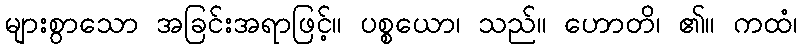
များစွာသော အခြင်းအရာဖြင့်။ ပစ္စယော၊ သည်။ ဟောတိ၊ ၏။ ကထံ၊